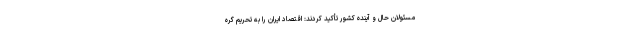
مسئولان حال و آینده کشور تأکید کردند: اقتصاد ایران را به تحریم گره